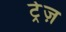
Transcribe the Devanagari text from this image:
ट्रेज़